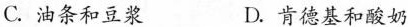
C. 油条和豆浆 D. 肯德基和酸奶